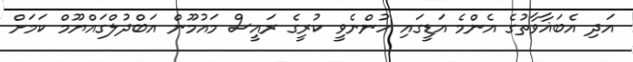
އަދި އެބަޣާވާތުގެ އެންމެ އަޑީގައި ހުންނެވީ ކުރީގެ ރައީސް މައުމޫން އަބްދުލްގައްޔޫމް ކަމަށް